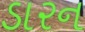
ડારન